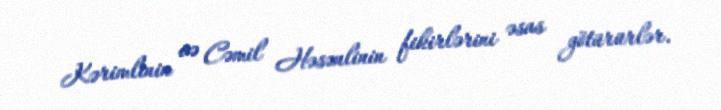
Kərimlinin və Cəmil Həsənlinin fikirlərini əsas götürürlər.